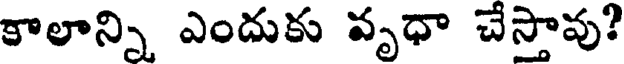
కాలాన్ని ఎందుకు వృధా చేస్తావు?